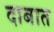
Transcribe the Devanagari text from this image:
दाबात